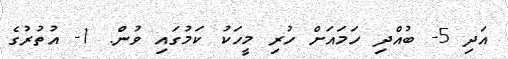
އަދި 5- ބުއްދި ހަމައަށް ހުރި މީހަކު ކަމުގައި ވުން. 1- އުތުރުގެ